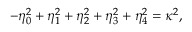
- \eta _ { 0 } ^ { 2 } + \eta _ { 1 } ^ { 2 } + \eta _ { 2 } ^ { 2 } + \eta _ { 3 } ^ { 2 } + \eta _ { 4 } ^ { 2 } = \kappa ^ { 2 } ,